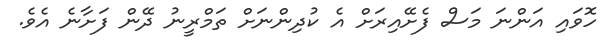
ހޮވައި އަންނަ މަސް ފެށޭއިރަށް އެ ކުދިންނަށް ތަމްރީނު ދޭން ފަށާނެ އެވެ.